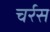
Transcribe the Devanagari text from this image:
चर्रस